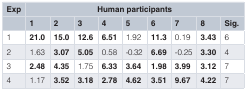
<table><thead><tr><td><b>Exp</b></td><td colspan="9"><b>Human participants</b></td></tr><tr><td></td><td><b>1</b></td><td><b>2</b></td><td><b>3</b></td><td><b>4</b></td><td><b>5</b></td><td><b>6</b></td><td><b>7</b></td><td><b>8</b></td><td><b>Sig.</b></td></tr></thead><tbody><tr><td>1</td><td><b>21.0</b></td><td><b>15.0</b></td><td><b>12.6</b></td><td><b>6.51</b></td><td>1.92</td><td><b>11.3</b></td><td>0.19</td><td><b>3.43</b></td><td>6</td></tr><tr><td>2</td><td>1.63</td><td><b>3.07</b></td><td><b>5.05</b></td><td>0.58</td><td>-0.32</td><td><b>6.69</b></td><td>-0.25</td><td><b>3.30</b></td><td>4</td></tr><tr><td>3</td><td><b>2.48</b></td><td><b>4.35</b></td><td>1.75</td><td><b>6.33</b></td><td><b>3.64</b></td><td><b>1.98</b></td><td><b>3.99</b></td><td><b>3.12</b></td><td>7</td></tr><tr><td>4</td><td>1.17</td><td><b>3.52</b></td><td><b>3.18</b></td><td><b>2.78</b></td><td><b>4.62</b></td><td><b>3.51</b></td><td><b>9.67</b></td><td><b>4.22</b></td><td>7</td></tr></tbody></table>